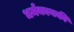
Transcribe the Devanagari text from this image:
धर्मकायकी